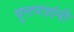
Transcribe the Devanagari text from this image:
वुत्तपत्रांनी